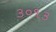
૩૦૧૩